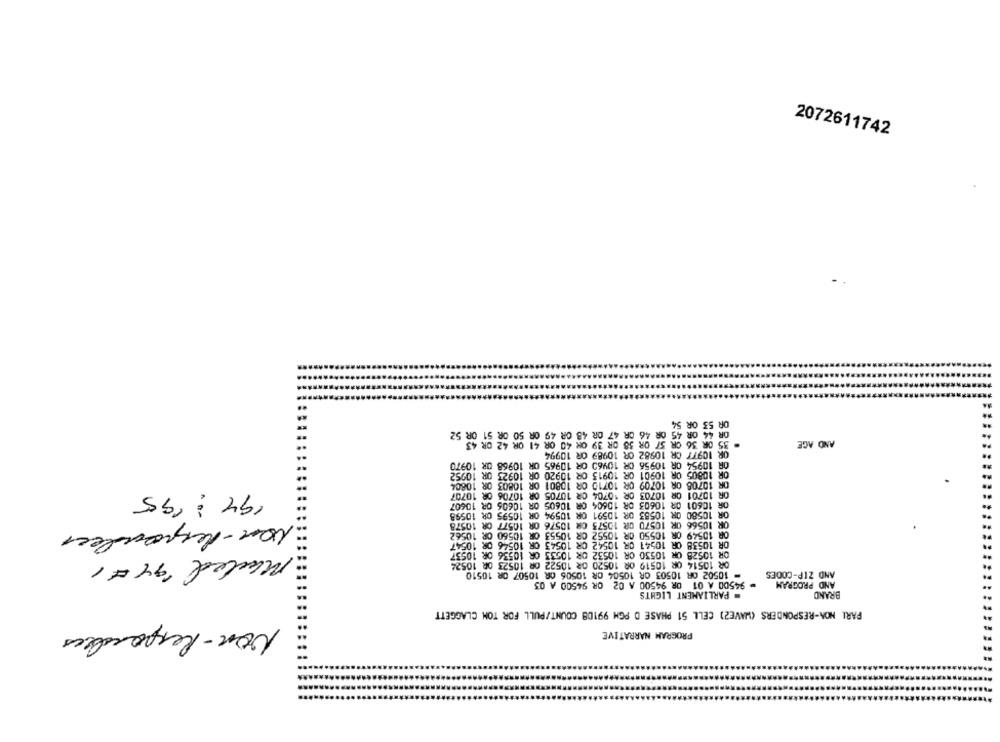
2072611742
OR 54
OR 53
R 44 OR 45 OR 46 OR 47 OR 48 OR 49 OR 50 OR 51 OR 52
R 39 OX 40 OR 41 OR 42 OR
AND AGE
OR 10977 OR 10982 OR 10989 OR 10994
R 10954 OR 10956 OR 10960 OR 10965 OR 10968 OR 10970
OR
OR 10805 OR 10901 OR 10913 OR 10920 OR 10923 OR 10952
OR 10708 OR 10709 OR 10710 OR 10801 OR 10803 OR 10804
194: '95
OR 10701 OR 10703 OR $0704 OR 10705 OR 10706 OR 10707
OR 10601 OR 10603 OR 10604 OR 10605 OR 10606 OR 10607
OR 10580 OR 10583 OR 10591 OR 10594 OR 10595 OR 10598
OR 10566 OR 10570 OR 10575 OR 10576 OR 10577 OR 10578
Non-Responder
OR 10549 OR 10550 OR 10552 OR 10553 OR 10560 OR 10562
OR 10538 OR 10541 OR 10542 OR 10543 OR 10546 OR 10547
OR 10528 OR 10530 OR 10532 OR 10533 OR 10536 OR 10537
Maded '94#1
OR 10514 OR 10519 OR 10520 OR 10522 OR 10523 OR 10524
- 10502 OR 10503 OR 10504 OR 10506 OR 10507 OR 10510
AND ZIP-CODES
= 94500 A 01 OR 94500 A 02 OR 94500 A 03
AND PROGRAM
= PARLIAMENT LIGHTS
BRAND
PARL NON-RESPONDERS (WAVE2) CELL 51 PHASE D PGM 99108 COUNT/PULL FOR TOM CLAGGETT
Non-Responders
PROGRAM NARRATIVE